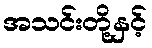
အသင်းတို့နှင့်